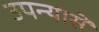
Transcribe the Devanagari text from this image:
उपन्यासें